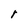
Character: r